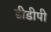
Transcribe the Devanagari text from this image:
डीडीपी